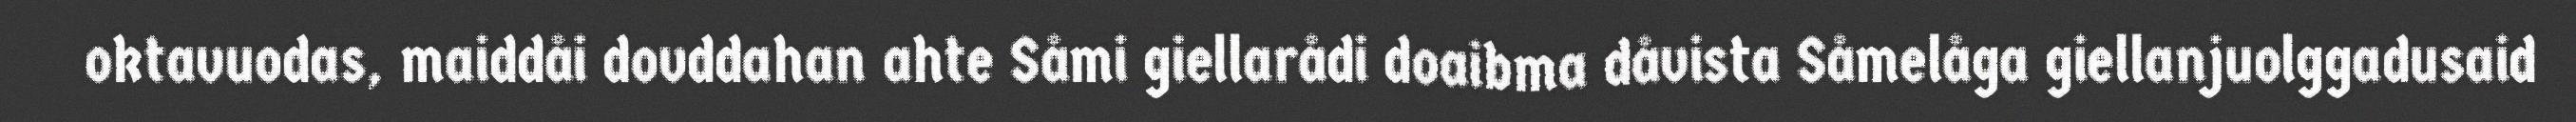
oktavuodas, maiddåi dovddahan ahte Såmi giellarådi doaibma dåvista Såmelåga giellanjuolggadusaid